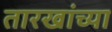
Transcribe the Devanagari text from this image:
तारखांच्या